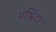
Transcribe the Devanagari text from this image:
मभिंदा